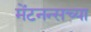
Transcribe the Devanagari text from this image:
मेंटनन्सच्या